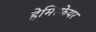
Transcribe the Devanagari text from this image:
हेमिस्फेयर